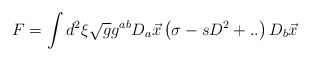
\begin{align*}F = \int d^2 \xi \sqrt{g} g^{ab} D_a \vec{x} \left( \sigma - s D^{2} +..\right) D_b \vec{x}\end{align*}